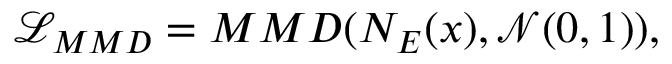
\mathcal { L } _ { M M D } = M M D ( N _ { E } ( x ) , \mathcal { N } ( 0 , 1 ) ) ,